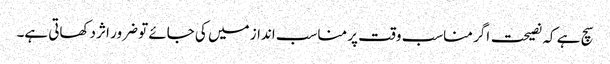
سچ ہے کہ نصیحت اگر مناسب وقت پر مناسب انداز میں کی جائے تو ضرور اثر دکھاتی ہے۔